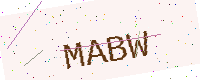
Text: MABW